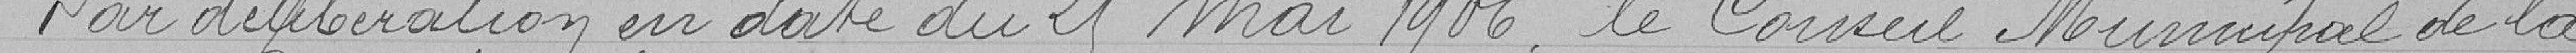
Par délibération en date du 21 Mai 1906, le Conseil Municipal de la